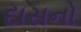
દાસનો